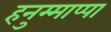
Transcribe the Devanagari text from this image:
हनुम्माप्पा